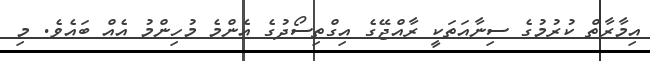
އިމާރާތް ކުރުމުގެ ސިނާއަތަކީ ރާއްޖޭގެ އިގްތިސޯދުގެ އެންމެ މުހިންމު އެއް ބައެވެ. މި